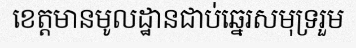
ខេត្តមានមូលដ្ឋានជាប់ឆ្នេរសមុទ្ររួម